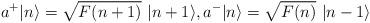
LaTeX: \begin{align*}a^+ \vert n \rangle = \sqrt{F(n+1)}~ \vert n+1 \rangle, a^- \vert n \rangle = \sqrt{F(n)}~ \vert n-1 \rangle\end{align*}